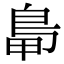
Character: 𪀋